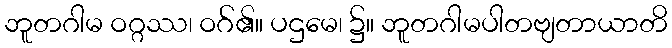
ဘူတဂါမ ဝဂ္ဂဿ၊ ဝဂ်၏။ ပဌမေ၊ ၌။ ဘူတဂါမပါတဗျတာယာတိ